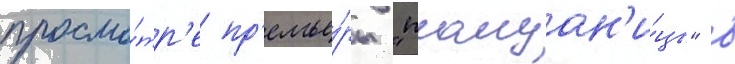
просмо́тр'е пр'емье́ры "плащан'и́цы" в